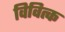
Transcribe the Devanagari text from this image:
विवित्क